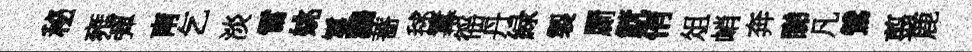
秘雍彈南乞淡雷姚鬘鸝薔毬羃徭丹緑製罽觥侑俎峭奔睇凡鷥翦鹿